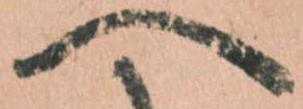
へ